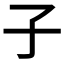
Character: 子